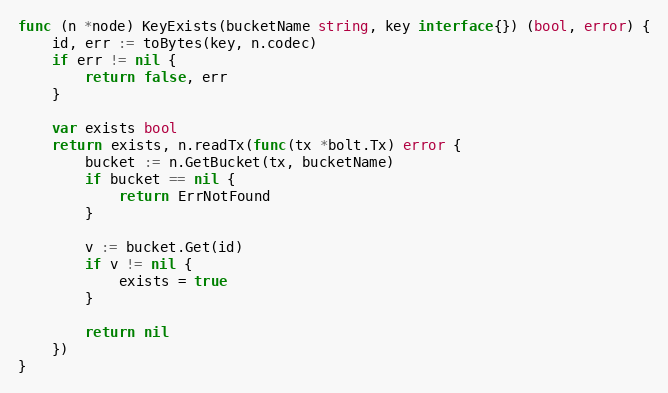
Language: Go
func (n *node) KeyExists(bucketName string, key interface{}) (bool, error) {
	id, err := toBytes(key, n.codec)
	if err != nil {
		return false, err
	}

	var exists bool
	return exists, n.readTx(func(tx *bolt.Tx) error {
		bucket := n.GetBucket(tx, bucketName)
		if bucket == nil {
			return ErrNotFound
		}

		v := bucket.Get(id)
		if v != nil {
			exists = true
		}

		return nil
	})
}